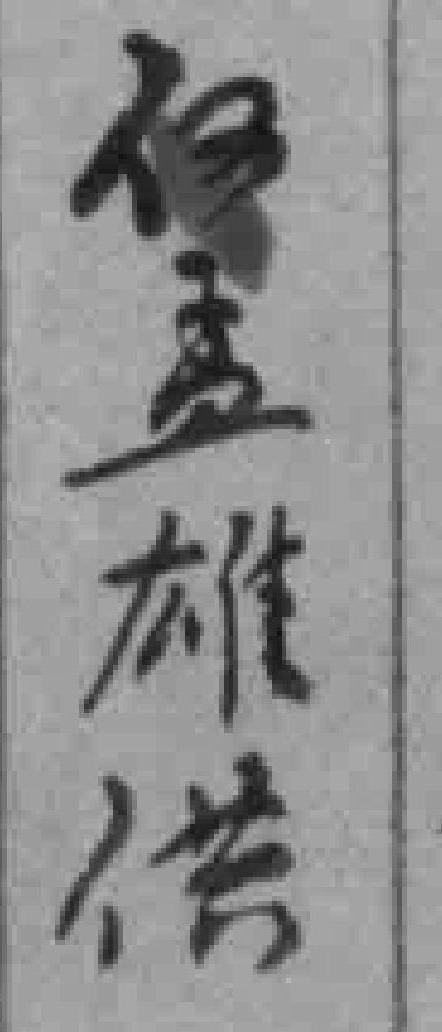
何孟雄供